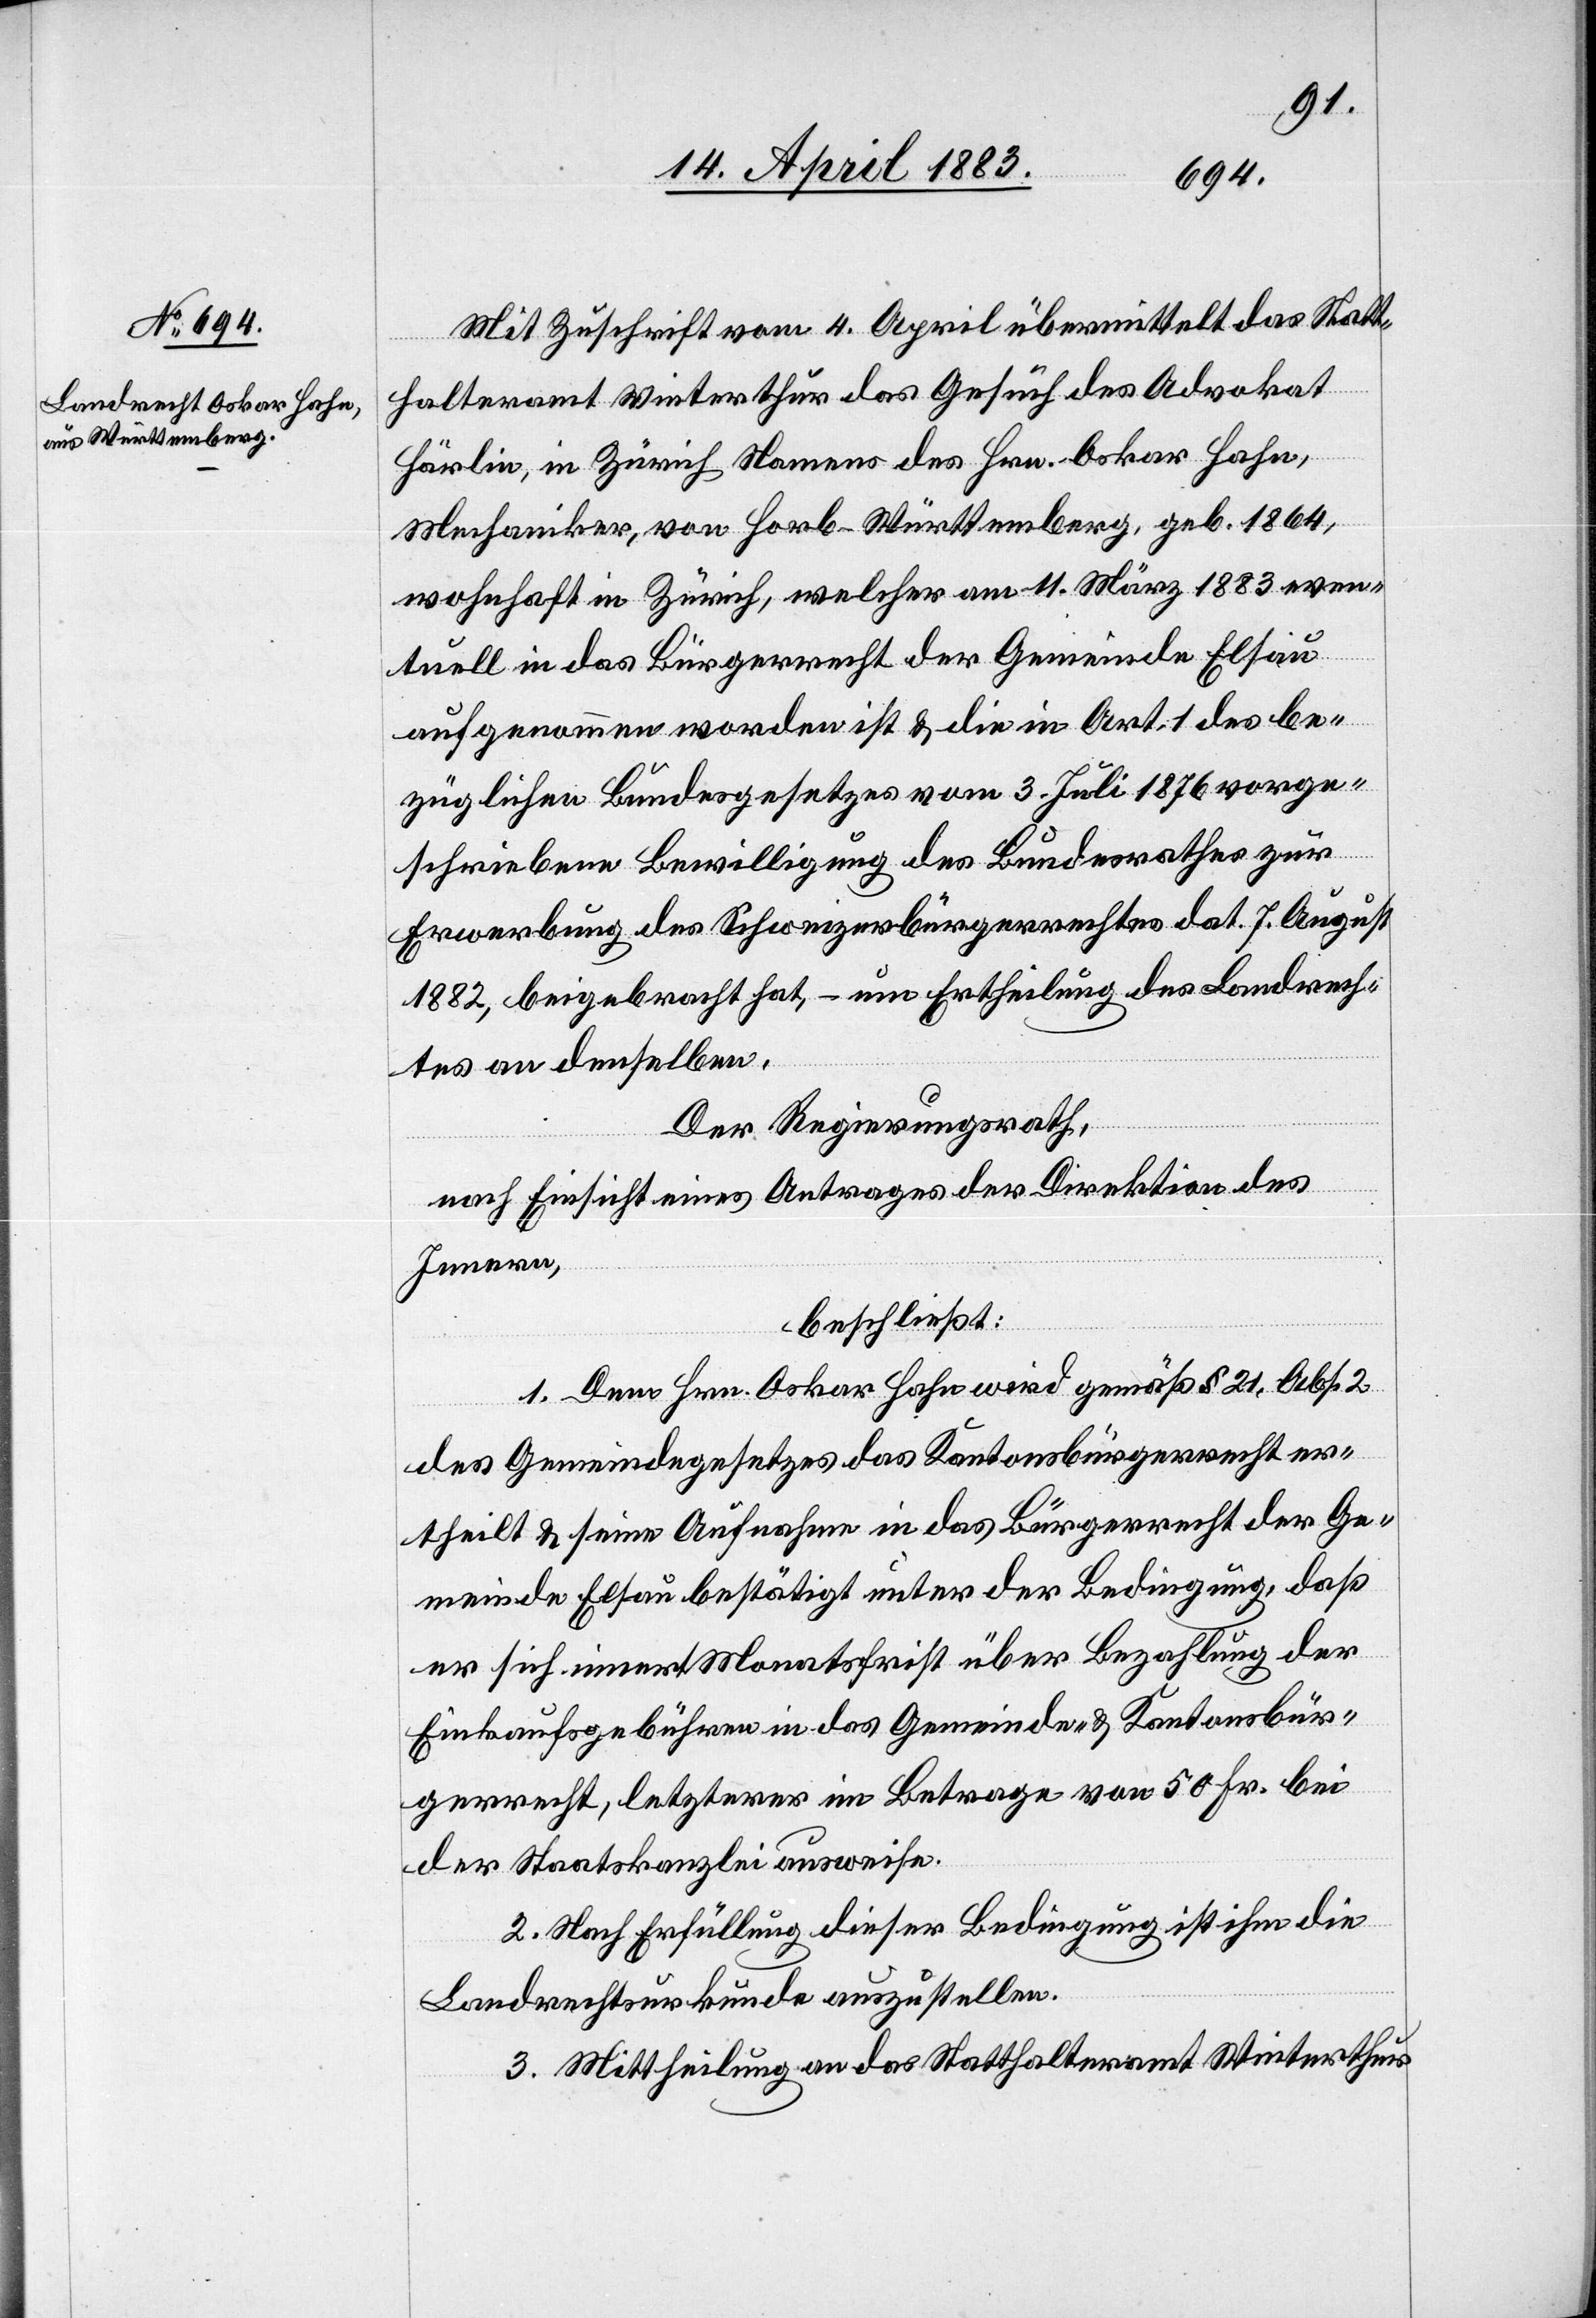
Mit Zuschrift vom 4. April übermittelt das Statt¬
halteramt Winterthur das Gesuch des Advokat
Härlin, in Zürich Namens des Hrn. Oskar Hahn,
Mechaniker, von Horb - Württemberg, geb. 1864,
wohnhaft in Zürich, welcher am 11. März 1883 even¬
tuell in das Bürgerrecht der Gemeinde Elsau
aufgenommen worden ist & die in Art. 1 des be¬
züglichen Bundesgesetzes vom 3. Juli 1876 vorge¬
schriebene Bewilligung des Bundesrathes zur
Erwerbung des Schweizerbürgerrechtes dat. 7. August
1882, beigebracht hat, – um Ertheilung des Landrech¬
tes an denselben.
Der Regierungsrath,
nach Einsicht eines Antrages der Direktion des
Innern,
beschließt:
1. Dem Hrn. Oskar Hahn wird gemäß § 21, Abs. 2
des Gemeindegesetzes das Kantonsbürgerrecht er¬
theilt & seine Aufnahme in das Bürgerrecht der Ge¬
meinde Elsau bestätigt unter der Bedingung, daß
er sich innert Monatsfrist über Bezahlung der
Einkaufsgebühren in das Gemeinde- & Kantonsbür¬
gerrecht, letzterer im Betrage von 50 Fr. bei
der Staatskanzlei ausweise.
2. Nach Erfüllung dieser Bedingung ist ihm die
Landrechtsurkunde auszustellen.
3. Mittheilung an das Statthalteramt Winterthur